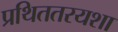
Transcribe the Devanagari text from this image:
प्रथिततरयशा